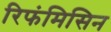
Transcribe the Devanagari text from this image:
रिफंमिसिन